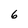
Character: 6